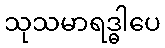
သုသမာရဒ္ဓါပေ